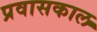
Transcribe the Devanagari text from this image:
प्रवासकाल